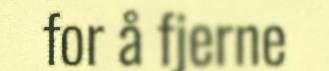
for å fjerne